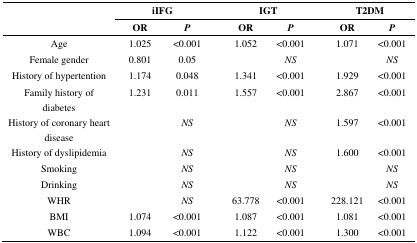
<table><thead><tr><td rowspan="2">[EMPTY_CELL]</td><td colspan="2"><b>iIFG</b></td><td>[EMPTY_CELL]</td><td colspan="2"><b>IGT</b></td><td>[EMPTY_CELL]</td><td colspan="2"><b>T2DM</b></td></tr><tr><td><b>OR</b></td><td><b><i>P</i></b></td><td>[EMPTY_CELL]</td><td><b>OR</b></td><td><b><i>P</i></b></td><td>[EMPTY_CELL]</td><td><b>OR</b></td><td><b><i>P</i></b></td></tr></thead><tbody><tr><td>Age</td><td>1.025</td><td>&lt;0.001</td><td>[EMPTY_CELL]</td><td>1.052</td><td>&lt;0.001</td><td>[EMPTY_CELL]</td><td>1.071</td><td>&lt;0.001</td></tr><tr><td>Female gender</td><td>0.801</td><td>0.05</td><td>[EMPTY_CELL]</td><td>[EMPTY_CELL]</td><td><i>NS</i></td><td>[EMPTY_CELL]</td><td>[EMPTY_CELL]</td><td><i>NS</i></td></tr><tr><td>History of hypertention</td><td>1.174</td><td>0.048</td><td>[EMPTY_CELL]</td><td>1.341</td><td>&lt;0.001</td><td>[EMPTY_CELL]</td><td>1.929</td><td>&lt;0.001</td></tr><tr><td>Family history of diabetes</td><td>1.231</td><td>0.011</td><td>[EMPTY_CELL]</td><td>1.557</td><td>&lt;0.001</td><td>[EMPTY_CELL]</td><td>2.867</td><td>&lt;0.001</td></tr><tr><td>History of coronary heart disease</td><td>[EMPTY_CELL]</td><td><i>NS</i></td><td>[EMPTY_CELL]</td><td>[EMPTY_CELL]</td><td><i>NS</i></td><td>[EMPTY_CELL]</td><td>1.597</td><td>&lt;0.001</td></tr><tr><td>History of dyslipidemia </td><td>[EMPTY_CELL]</td><td><i>NS</i></td><td>[EMPTY_CELL]</td><td>[EMPTY_CELL]</td><td><i>NS</i></td><td>[EMPTY_CELL]</td><td>1.600</td><td>&lt;0.001</td></tr><tr><td>Smoking</td><td>[EMPTY_CELL]</td><td><i>NS</i></td><td>[EMPTY_CELL]</td><td>[EMPTY_CELL]</td><td><i>NS</i></td><td>[EMPTY_CELL]</td><td>[EMPTY_CELL]</td><td><i>NS</i></td></tr><tr><td>Drinking</td><td>[EMPTY_CELL]</td><td><i>NS</i></td><td>[EMPTY_CELL]</td><td>[EMPTY_CELL]</td><td><i>NS</i></td><td>[EMPTY_CELL]</td><td>[EMPTY_CELL]</td><td><i>NS</i></td></tr><tr><td>WHR</td><td>[EMPTY_CELL]</td><td><i>NS</i></td><td>[EMPTY_CELL]</td><td>63.778</td><td>&lt;0.001</td><td>[EMPTY_CELL]</td><td>228.121</td><td>&lt;0.001</td></tr><tr><td>BMI</td><td>1.074</td><td>&lt;0.001</td><td>[EMPTY_CELL]</td><td>1.087</td><td>&lt;0.001</td><td>[EMPTY_CELL]</td><td>1.081</td><td>&lt;0.001</td></tr><tr><td>WBC</td><td>1.094</td><td>&lt;0.001</td><td>[EMPTY_CELL]</td><td>1.122</td><td>&lt;0.001</td><td>[EMPTY_CELL]</td><td>1.300</td><td>&lt;0.001</td></tr></tbody></table>